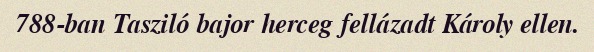
788-ban Tasziló bajor herceg fellázadt Károly ellen.